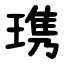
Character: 㻪